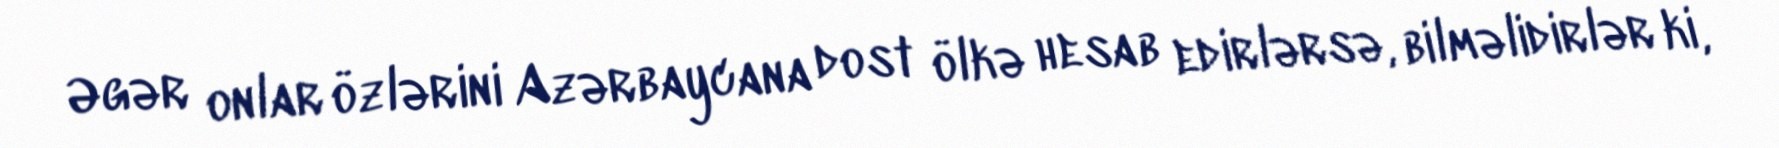
Əgər onlar özlərini Azərbaycana dost ölkə hesab edirlərsə, bilməlidirlər ki,